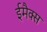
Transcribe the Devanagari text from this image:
ईमैक्स